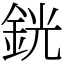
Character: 銧